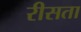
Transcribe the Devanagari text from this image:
रीसता